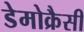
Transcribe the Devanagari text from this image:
डेमोक्रैसी